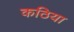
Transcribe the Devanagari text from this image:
कठिया